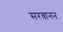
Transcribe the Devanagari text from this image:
सरवानन